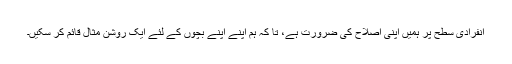
انفرادی سطح پر ہمیں اپنی اصلاح کی ضرورت ہے، تا کہ ہم اپنے اپنے بچوں کے لئے ایک روشن مثال قائم کر سکیں۔